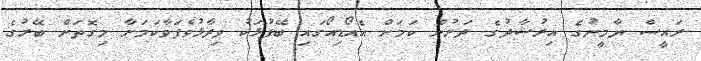
ރައީސް ޔާމީނުގެ އިރުޝާދުގެ ދަށުން ކަމަށް އެއޯޑިއޯގައި ބޭފުޅަކު ވިދާޅުވެފަވާކަމަށާ މިގޮތަށް ބޭރުގެ